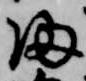
帰